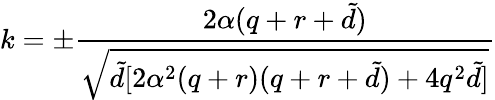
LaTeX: k=\pm\frac{2\alpha(q+r+{\tilde{d}})}{\sqrt{{\tilde{d}}[2\alpha^{2}(q+r)(q+r+{\tilde{d}})+4q^{2}{\tilde{d}}]}}